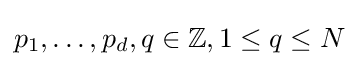
p_{1},\ldots ,p_{d},q\in \mathbb {Z} ,1\leq q\leq N